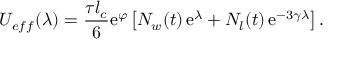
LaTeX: U _ { e f f } ( \lambda ) = \frac { \tau l _ { c } } { 6 } \mathrm { e } ^ { \varphi } \left[ N _ { w } ( t ) \, \mathrm { e } ^ { \lambda } + N _ { l } ( t ) \, \mathrm { e } ^ { - 3 \gamma \lambda } \right] .